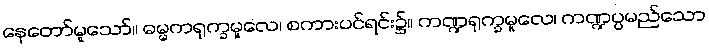
နေတော်မူသော်။ ဓမ္မကရုက္ခမူလေ၊ စကားပင်ရင်း၌။ ကဏ္ဍရုက္ခမူလေ၊ ကဏ္ဍပ္ပမည်သော